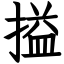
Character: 搤